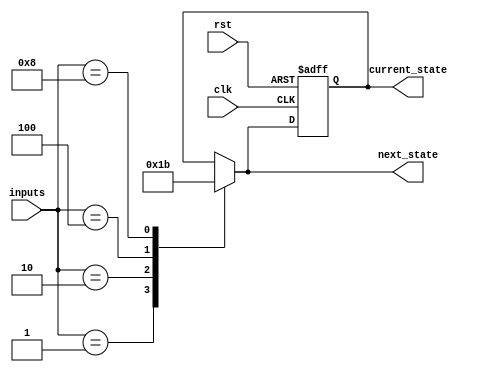
module priority_encoding_state_machine (
    input clk,
    input rst,
    input [3:0] inputs,
    output reg [1:0] current_state,
    output reg [1:0] next_state
);

// State definitions
parameter STATE_A = 2'b00;
parameter STATE_B = 2'b01;
parameter STATE_C = 2'b10;
parameter STATE_D = 2'b11;

// Priority Encoding Logic
always @(*) begin
    case (inputs)
        4'b0001: next_state = STATE_A;
        4'b0010: next_state = STATE_B;
        4'b0100: next_state = STATE_C;
        4'b1000: next_state = STATE_D;
        default: next_state = current_state;
    endcase
end

// State Transition Logic
always @(posedge clk or posedge rst) begin
    if (rst) begin
        current_state <= STATE_A;
    end else begin
        current_state <= next_state;
    end
end

endmodule